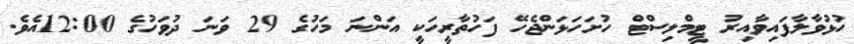
ހުޅުވާލާފައިވާއިރު ޓީމްލިސްޓް ހުށަހަޅަންޖެހޭ ފަހުތާރީހަކީ އަންނަ މަހުގެ 29 ވަނަ ދުވަހުގެ 12:00އެވެ.